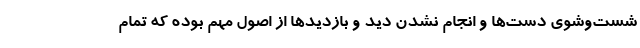
شست‌وشوی دست‌ها و انجام نشدن دید و بازدیدها از اصول مهم بوده که تمام